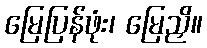
မြေပြန်ဖုံး၊ မြေညှိ။